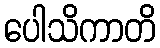
ပေါသိကာတိ